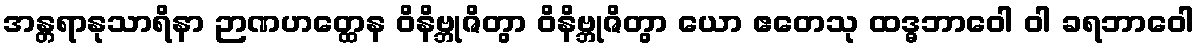
အန္တရာနုသာရိနာ ဉာဏဟတ္ထေန ဝိနိဗ္ဘုဇိတွာ ဝိနိဗ္ဘုဇိတွာ ယော ဧတေသု ထဒ္ဓဘာဝေါ ဝါ ခရဘာဝေါ